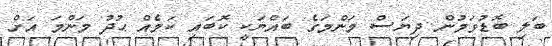
ބަލި ބޮޑުވަމުން ދިޔަސް މަންމަގެ ބައްޔަކީ ކޮބައި ކަމެއް ޙުދު މަންމަ އަށް